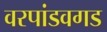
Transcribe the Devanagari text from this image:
वरपांडवगड